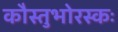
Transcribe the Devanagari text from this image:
कौस्तुभोरस्कः